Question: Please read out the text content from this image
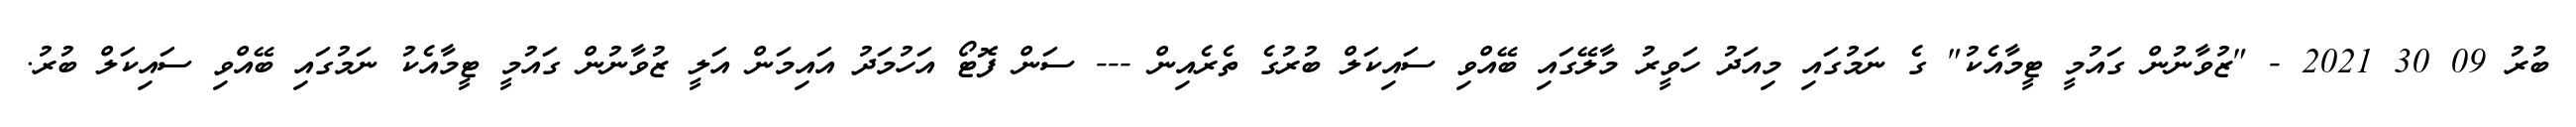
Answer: ބުރު 09 30 2021 - "ޒުވާނުން ގައުމީ ޓީމާއެކު" ގެ ނަމުގައި މިއަދު ހަވީރު މާލޭގައި ބޭއްވި ސައިކަލް ބުރުގެ ތެރެއިން --- ސަން ފޮޓޯ އަހުމަދު އައިމަން އަލީ ޒުވާނުން ގައުމީ ޓީމާއެކު ނަމުގައި ބޭއްވި ސައިކަލް ބުރު.